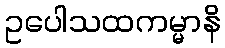
ဥပေါသထကမ္မာနိ